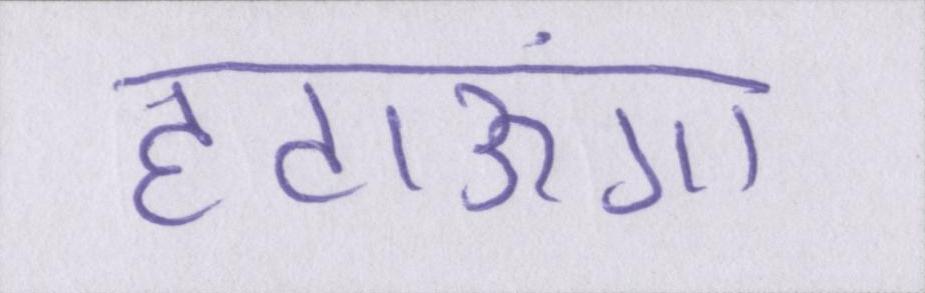
हटाऊंगा